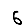
Digit: 6